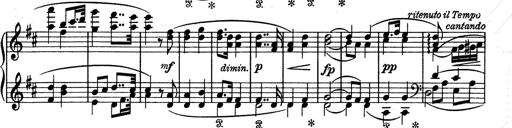
Title: Aus Lohengrin
Composer: Franz Liszt